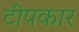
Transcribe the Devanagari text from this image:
टीपकार